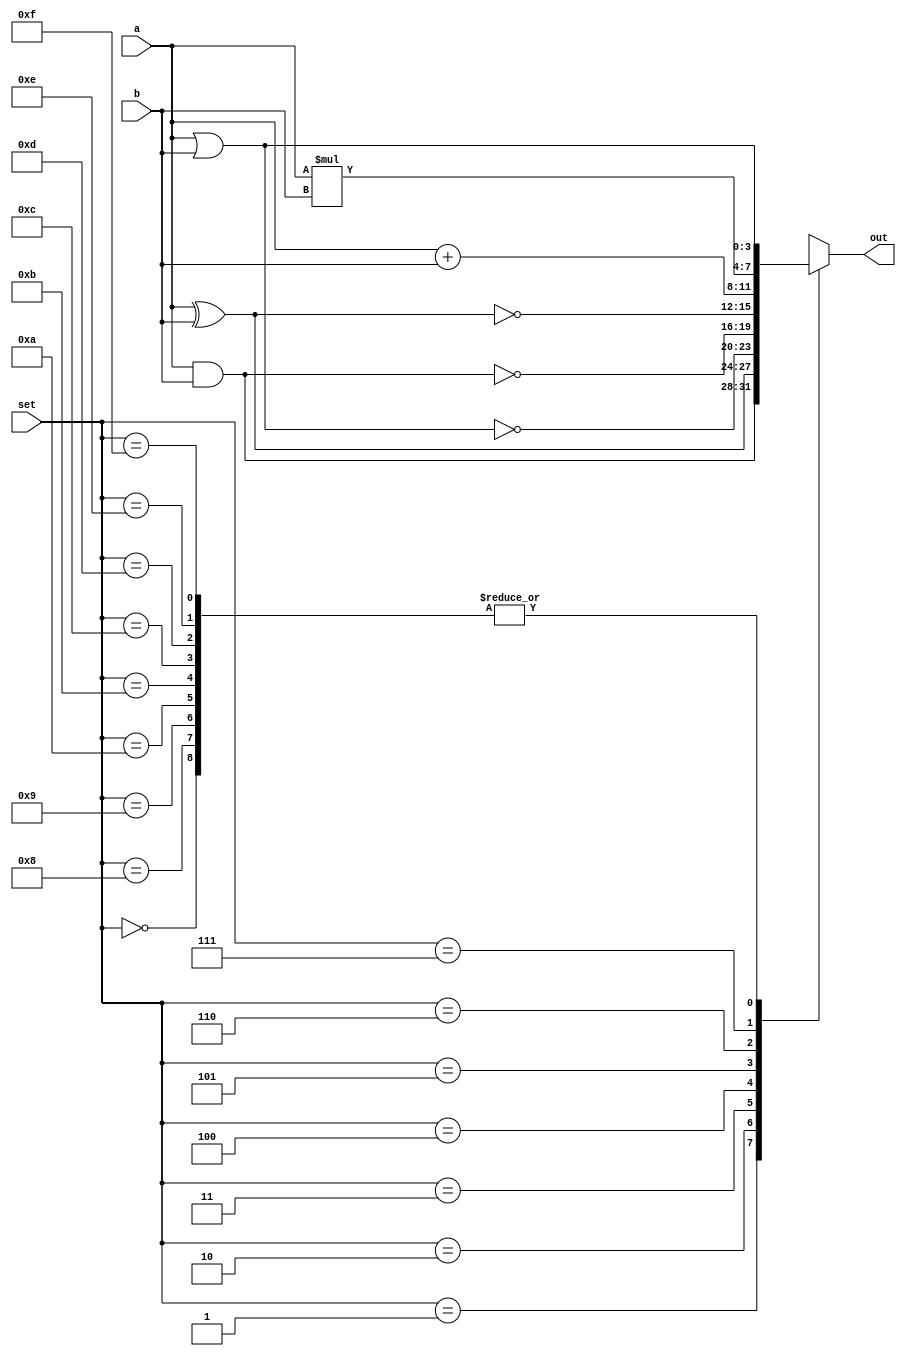
module alu(a,b,set,out);
  input [3:0]a,b,set;
  reg [3:0]result;
  output [3:0]out;
  assign out=result;
  always@(set,a)
  begin
  case(set)
    4'b0000:
    result=a|b;
    4'b0001:
    result=a&b;
    4'b0010:
    result=a^b;
    4'b0011:
    result=~(a|b);
    4'b0100:
    result=~(a&b);
    4'b0101:
    result=~(a^b);
    4'b0110:
    result=a+b;
    4'b0111:
    result=a*b;
    4'b1000:
    result=a|b;
    4'b1001:
    result=a|b;
    4'b1010:
    result=a|b;
    4'b1011:
    result=a|b;
    4'b1100:
    result=a|b;
    4'b1101:
    result=a|b;
    4'b1110:
    result=a|b;
    4'b1111:
    result=a|b;
  endcase
end
endmodule